Black-water fever - Number 35
Disease focus: Fever
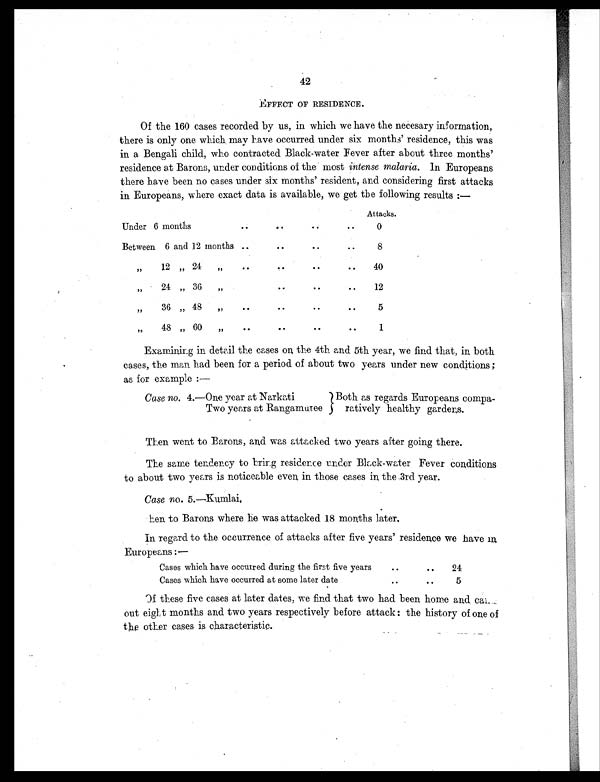
42
EFFECT OF RESIDENCE.
Of the 160 cases recorded by us, in which we have the necessary information,
there is only one which may have occurred under six months' residence, this was
in a Bengali child, who contracted Black-water Fever after about three months'
residence at Barons, under conditions of the most intense malaria. In Europeans
there have been no cases under six months' resident, and considering first attacks
in Europeans, where exact data is available, we get the following results:—
Attacks.
Under 6 months
. .
..
. . . .
0
Between 6 and 12 months ..
..
..
. .
8
,,
12 ,,24
„
. .
. .
..
..
40
,,
24 ,, 36
„
. .
. .
. .
12
„
36 „ 48
„
..
..
..
. .
5
,,
48 „ 60
„
. .
..
. .
. .
1
Examining in detail the cases on the 4th and 5th year, we find that, in both
cases, the man had been for a period of about two years under new conditions;
as for example :—
Case no. 4.—One year at Narkati
Two years at Rangamutee
Both as regards Europeans compa-
ratively healthy gardens.
Then went to Barons, and was attacked two years after going there.
The same tendency to bring residence under Black-water Fever conditions
to about two years is noticeable even in those cases in, the .3rd year.
Case no . 5.—Kumlai,
hen to Barons where he was attacked 18 months later.
In regard to the occurrence of attacks after five years' residence we have in
Euroneans:—
Cases which have occurred during the first five years
..
..
24
Cases Which have occurred at some later date
..
..
5
Of these five cases at later dates, we find that two had been home and cal
out eighty months and two years respectively before attack: the history of one of
the other cases is characteristic.